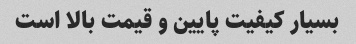
بسیار کیفیت پایین و قیمت بالا است